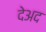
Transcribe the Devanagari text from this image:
देअद